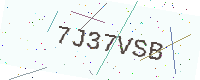
Text: 7J37VSB